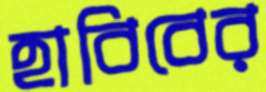
হাবিবের